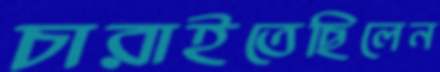
চারাইতেছিলেন